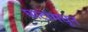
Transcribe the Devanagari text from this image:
घाटांमधून